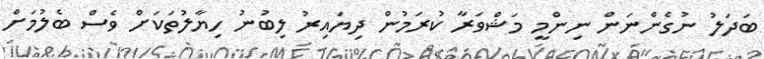
ބަދަލު ނުގެންނަން ނިންމީ މަޝްވަރާ ކުރަމުން ދިޔައިރު ލިބުނު ހިޔާލުތަކަށް ވެސް ބެލުމަށް